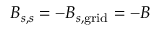
B _ { s , s } = - B _ { s , \mathrm { g r i d } } = - B